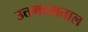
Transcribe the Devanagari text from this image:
उत्तमदशताल